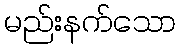
မည်းနက်သော